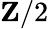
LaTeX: \mathbf{Z}/2